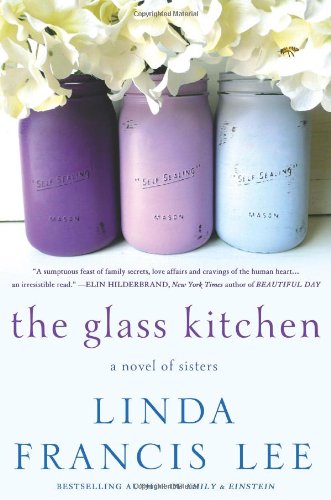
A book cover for The Glass Kitchen: A Novel of Sisters; Linda Francis Lee; Literature & Fiction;